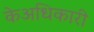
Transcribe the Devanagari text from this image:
केअधिकारी